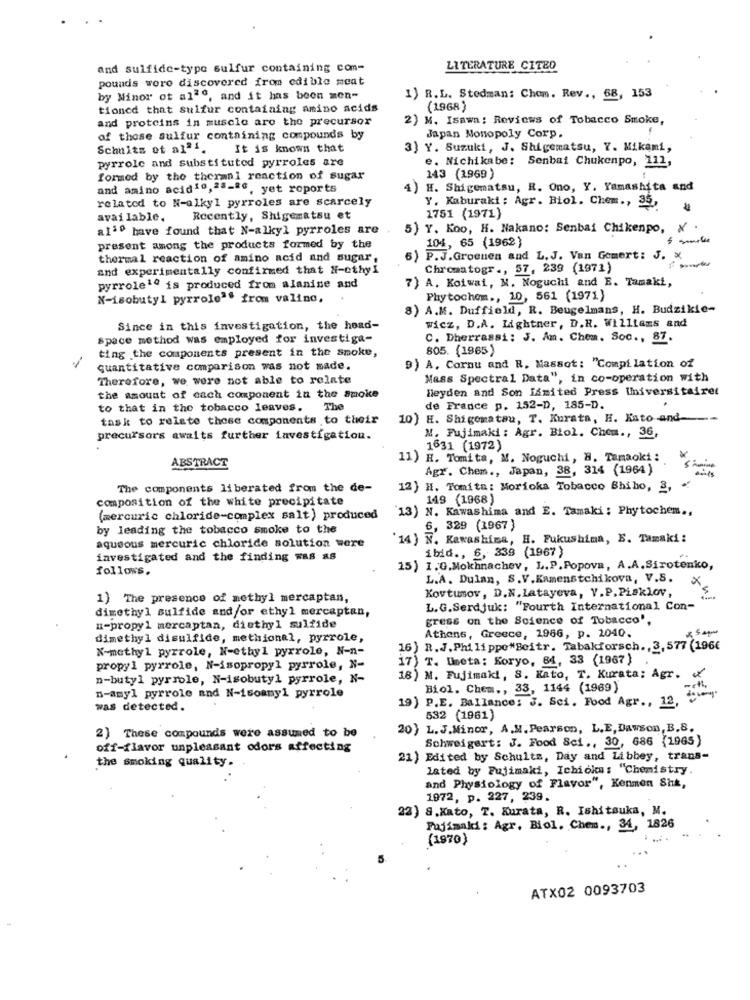
and sulfide-type sulfur containing com-
LITERATURE CITED
pounds were discovered from edible meat
by Minor of all", and it has been men-
1) R.L. Stedman: Chom. Rev ., 68, 153
tioned that sulfur containing amino acids
(1968)
and proteins in muscle are the precursor
2) M. Isawa: Reviews of Tobacco Smoke,
of those sulfur containing compounds by
Japan Monopoly Corp.
Schults ot al"1.
It is known that
3) Y. Suzuki, J. Shigematsu, Y. Mikami,
pyrrole and substituted pyrroles are
e. Nichikabe: Senbai Chukenpo, 111,
formed by the thermal reaction of sugar
143 (1969)
and amino acid10,2s-&c, yet roports
4) H. Shigematsu, R. Ono, Y. Yamashita and
related to N-alkyl pyrroles are scarcely
Y. Kaburaki : Agr. Biol. Chem ., 35,
available.
Recently, Shigematsu et
1751 (1971)
aliº have found that N-alkyl pyrroles are
5) Y. Koo, H. Nakano: Senbai Chikenpo, X .
present among the products formed by the
104, 65 (1962)
thermal reaction of amino acid and sugar,
P.J.Groenen and L. J. Van Gemert: J. x
and experimentally confirmed that N-ethyl
Chromatogr ., 57, 239 (1971)
7) A. Koiwai, M. Noguchi and E. Tamaki,
pyrrole10 is produced from alanine and
N-isobutyl pyrrole"" from valino,
Phytochom ,, 10, 561 (1971)
8) A.M. Duffield, R. Beugelmans, H. Budzikie-
Since in this investigation, the head-
wicz, D.A. Lightner, D.R. Williams and
Space method was employed for investiga-
C. Dherrassi: J. Am. Chem. Soc ., 87.
ting the components present in the smoke,
805. (1865)
-
quantitative comparison was not made.
9) A, Cornu and R. Massot: "Compilation of
Therefore, we were not able to relate
Mess Spectral Data", in co-operation with
Meyden and Son limited Press Universitairet
the amount of cach component in the smoke
to that in the tobacco leaves. The
de France p. 152-D, 185-D.
task to relate these components to their
10) H. Shigomatau, T. Kurata, H. Kato and-
precursors awaits further investigation.
M. Fujimaki : Agr. Biol. Chem ., 36,
1631 (1972)
ABSTRACT
11) H. Tomita, M. Noguchi, 8. Tamaoki :
Agr. Chem ., Japan, 38, 314 (1964)
The components liberated from the de-
12) H. Tomita: Morioka Tobacco Bhiho, 3,
composition of the white precipitate
149 (1968)
'13) N. Kawashima and E. Tamaki : Phytochem .,
(mercuric chloride-complex salt) produced
by leading the tobacco smoke to the
6, 329 (1967}
aqueous mercuric chloride solution were
14 } N. Kawashima, H. Fukushima, S. Tamaki:
ibid ., 6, 338 (1967}
investigated and the finding was as
follows.
15) I.G.Mokhnachev, L.P. Popova, A.A.Sirotenkco,
L.A. Dulan, S.V.Kamenstchikova, V.S. X
Kovtumov, D.N. Latayeva, V.P. Pisklov,
1) The presence of methyl mercaptan,
dimethyl sulfide and/or ethyl mercaptan,
L.G.Serdjuk: "Fourth International Con-
gress on the Science of Tobacco',
n-propyl mercaptan, diethyl sulfide
Athens, Greece, 1966, p. 2040.
dimethyl disulfide, methional, pyrrole,
N-methyl pyrrole, N-ethyl pyxrole, N-n-
16) R.J. Philippe"Beitr. Tabakforsch ., 3, 577 (196€
17) T. Imeta: Koryo, 84, 33 (1967}
propyl pyrrole, N-isopropyl pyrrole, N-
n-butyl pyrrole, N-isobutyl pyrrole, N-
18) M. Fujimaki, S. Kato, T. Kurata: Agr.
Biol. Chem ., 33, 1144 (1969)
n-amyl pyrrole and N-isoany1 pyrrole
19) P.E. Ballance: J. Sci. Food Agr ., 12, y
was detected.
532 (1961)
20) L.J.Minor, A.M. Pearson, L.E,Dawson, B.S.
2) These compounds were assumed to be
Schweigert: J. Food Sci ., 30, 686 (1965)
off-flavor unpleasant odors affecting
the smoking quality.
21) Edited by Schultz, Day and Libbey, trans-
lated by Fujimaki, Ichioka: "Chemistry.
and Physiology of Flavor", Kenmen Shk,
1972, p. 227, 239.
22) 8.Kato, T. Kurata, R. Ishitsuka, M.
Fajimald: Agr. Biol, Chem ., 34, 1826
(1970)
ATX02 0093703